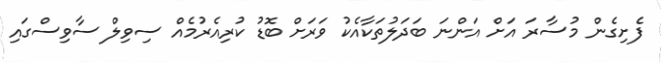
ފެށިގެން މުސާރަ އަށް އަންނަ ބަދަލުތަކާއެކު ވަރަށް ބޮޑު ކުރިއެރުމެއް ސިވިލް ސާވިސްގައި